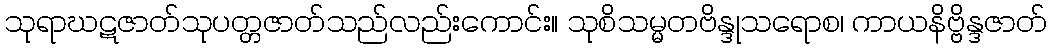
သုရာဃဋဇာတ်သုပတ္တဇာတ်သည်လည်းကောင်း။ သုစိသမ္မတဗိန္ဒုသရောစ၊ ကာယနိဗ္ဗိန္ဒဇာတ်